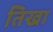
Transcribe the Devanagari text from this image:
तिखा